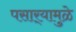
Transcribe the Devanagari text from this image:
पसार्‍यामुळे